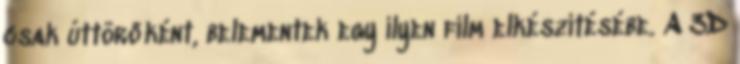
csak úttörőként, belementek egy ilyen film elkészítésébe. A 3D